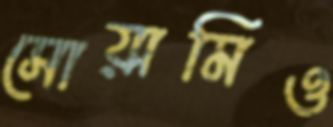
সোয়ামিও